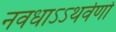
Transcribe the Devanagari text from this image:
नवधाऽऽथर्वणो